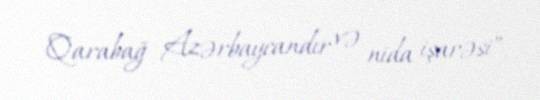
Qarabağ Azərbaycandır və nida işarəsi”.